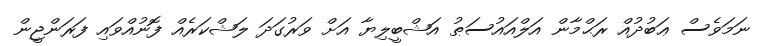
ނަމަވެސް ޢަބުދުއް ރަޙްމާން އަލްއައުސަޠު އަޝްބީލިޔާ އަށް ވަރުގަދަ ލަޝްކަރެއް ފޮނުއްވައި ފަރަންޖީން